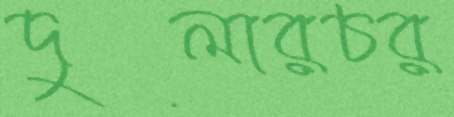
দুলারচর